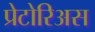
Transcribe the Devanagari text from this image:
प्रेटोरिअस